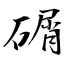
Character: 碿